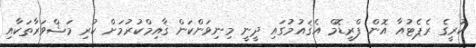
ކުރީގެ ރެޕެޓުއާ އޮން ފްރީޑޮމް އެޤައުމުގައި ދީނީ މިނިވަންކަން ޤާއިމްކުރުމަށް ކުރި މަޝްވަރާތަކާއި